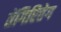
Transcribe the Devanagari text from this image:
तेंगिरितेग